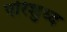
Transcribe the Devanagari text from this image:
परिशुध्द